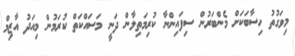
މިވަގުތު ހިސާބަކަށް މެންބަރުން ސިފައިންނާ ކުރިމަތިލާން ދަނީ މަސައްކަތް ކުރަމުން މިއަދު އާޒިމް